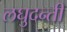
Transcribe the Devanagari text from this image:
लघुदन्ती